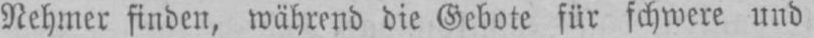
Nehmer finden, während die Gebote für schwere und